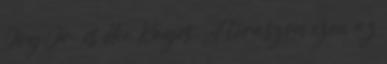
Joy Jr. és Nic Kayes. A teraszon ezen az